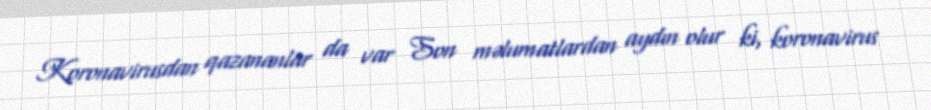
Koronavirusdan qazananlar da var Son məlumatlardan aydın olur ki, koronavirus